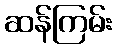
ဆန်ကြမ်း